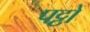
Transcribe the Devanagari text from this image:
पट्ठों